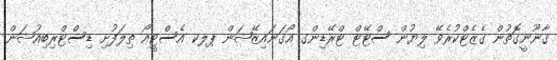
ޤާނޫނީގޮތުން ގެޒެޓްކުރެވޭ ލިޔުން ސްޓޭޓް ޓްރޭޑިންގ އޯގަނައިޒޭޝަން ޕލކ އެސްޓީއޯ ތިލަފުށި ޑިސްޓްރިބިއުޝަން